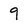
Character: 9